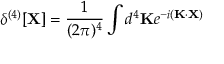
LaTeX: \delta ^ { ( 4 ) } [ \mathbf { X } ] = { \frac { 1 } { ( 2 \pi ) ^ { 4 } } } \int d ^ { 4 } \mathbf { K } e ^ { - i ( \mathbf { K } \cdot \mathbf { X } ) }